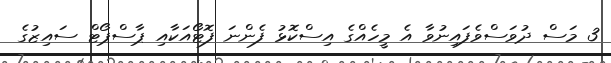
3 މަސް ދުވަސްވެފައިނުވާ އެ މީހެއްގެ އިސްކޮޅު ފެންނަ ފޮޓޯއަކާއި ޕާސްޕޯޓް ސައިޒުގެ